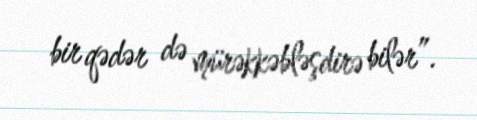
bir qədər də mürəkkəbləşdirə bilər”.